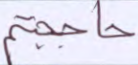
حاججتم